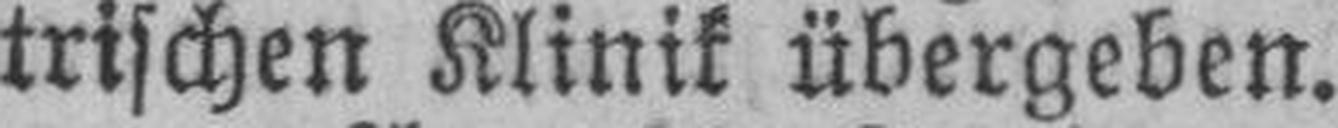
trischen Klinik übergeben.